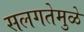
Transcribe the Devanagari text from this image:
सलगतेमुळे